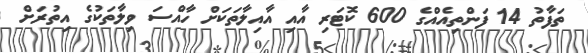
ތަފާތު 14 ފަންތިއެއްގެ 600 ކޮޓަރި އާއި އާއިލާތަކަށް ހާއްސަ ވިލާތަކުގެ އިތުރަށް